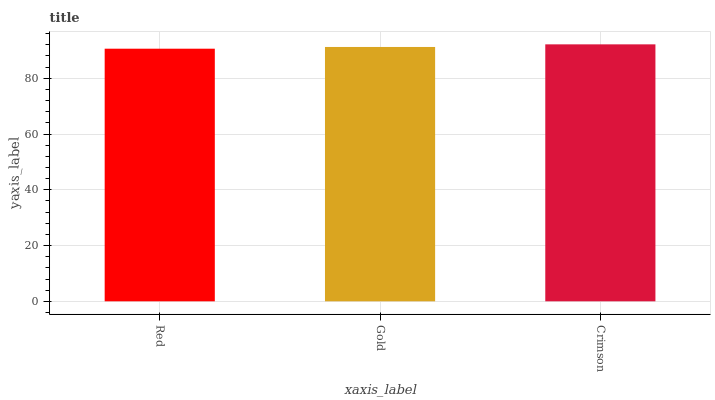
| xaxis_label | bars |
 | --- | --- |
 | Red | 90.6 |
 | Gold | 91.2 |
 | Crimson | 92.2 |